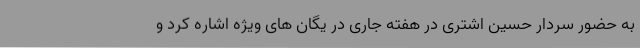
به حضور سردار حسین اشتری در هفته جاری در یگان های ویژه اشاره کرد و